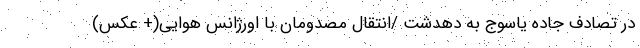
در تصادف جاده یاسوج به دهدشت /انتقال مصدومان با اورژانس هوایی(+ عکس)